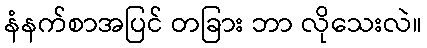
နံနက်စာအပြင် တခြား ဘာ လိုသေးလဲ။